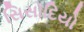
સિસોદિયો